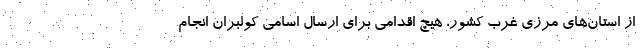
از استان‌هاي مرزي غرب كشور، هيچ اقدامي براي ارسال اسامي كولبران انجام